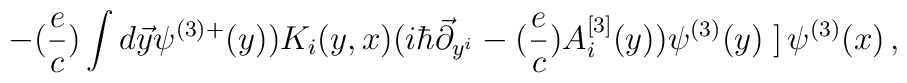
- ({e \over c}) \int d\vec y \psi^{(3)+} (y))K_i(y,x) (i\hbar \vec \partial_{y^i} -({e \over c}) A_i^{[3]}  (y)) \psi^{(3)} (y)\left. \right] \psi^{(3)} (x) \,,